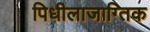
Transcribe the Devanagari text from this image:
पिधीलाजाग्तिक